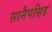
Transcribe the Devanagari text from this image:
सानैपसिड